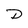
Character: D